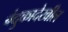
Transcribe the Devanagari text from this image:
बंदुकादेखील